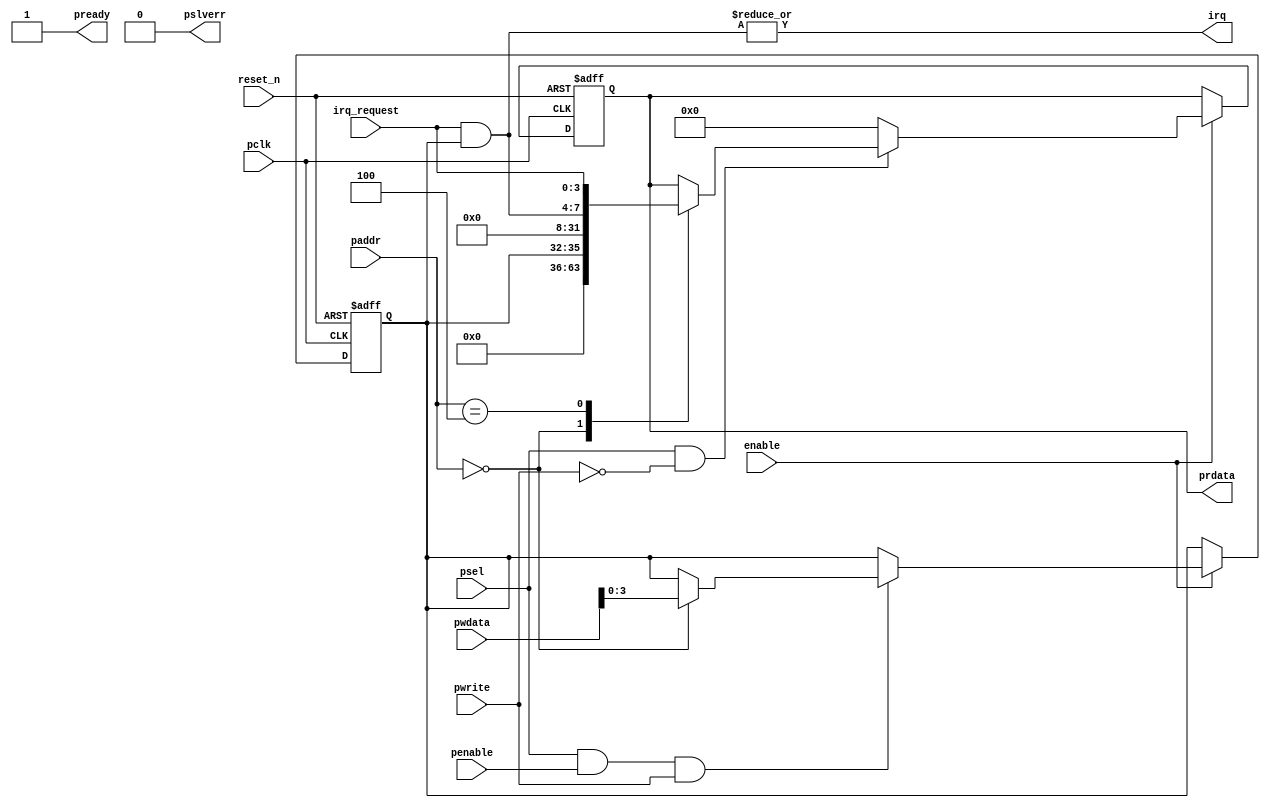
//
// Sample APB interrupt handling code
// Control 4 incoming interrupt requests
// Each request is a level interrupt 
// Adress offset from psel:
//   0x00 : 4 bit IRQ enable 1 bit per source
//   0x04 : Read : 4 interrupt pending (request and enabled)
//                 4 interrupt requests
//
//
// Freeware September 2015, Fen Logic Ltd.
// This code is free and is delivered 'as is'.
// It comes without any warranty, to the extent permitted by applicable law.
// There are no restrictions to any use or re-use of this code
// in any form or shape. It would be nice if you keep my company name
// in the source or modified source code but even that is not
// required as I can't check it anyway.
// But the code comes with no warranties or guarantees whatsoever.
//
// Notes:
//    irq_request is assumed to arrive synchronously
//

module apb_levirq (
   // system
   input             reset_n,
   input             enable,  // clock gating 

   // APB
   input             pclk,            
   input      [ 2:0] paddr,   // ls 2 bits are unused 
   input             pwrite,
   input             psel,
   input             penable,
   input      [31:0] pwdata,
   output reg [31:0] prdata,
   output            pready,
   output            pslverr,
   output            irq,

   // Interface
   input      [ 3:0] irq_request
);

reg  [3:0] irq_control; // enable bit per IRQ input
wire [3:0] irq_pending; // 

wire apb_write = psel & penable & pwrite;
wire apb_read  = psel & ~pwrite;

   assign pready  = 1'b1;
   assign pslverr = 1'b0;
   
   assign irq_pending = irq_request & irq_control;
   assign irq = |irq_pending;
   
   always @(posedge pclk or negedge reset_n)
   begin
      if (!reset_n)
      begin
         irq_control <= 4'h0;
         prdata    <= 32'h0;
      end // reset
      else if (enable)
      begin
         
         if (apb_write)
         begin
            case (paddr)
            3'h0  : irq_control <= pwdata[3:0];
          //3'h4  : status : read only
           endcase
         end // write
         
         if (apb_read)
         begin
            case (paddr)
            3'h0 : prdata <= {28'h0,irq_control};
            3'h4 : prdata <= {24'h0,irq_pending,irq_request};
            endcase
         end // read
         else
            prdata <= 32'h0; // so we can OR all busses
      end // clocked
   end // always 
   
endmodule